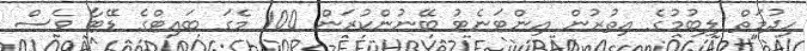
ހިދުމަތް ލިބުމުގެ އިތުރުން އިންޓަނެޓު ބޭނުންކުރަން 100 މެގަ ބައިޓްގެ ޑޭޓާ ވެސް